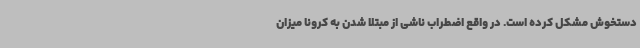
دستخوش مشکل کرده است. در واقع اضطراب ناشی از مبتلا شدن به کرونا میزان